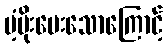
ပံ့ပိုးပေးသောကြောင့်